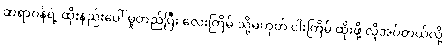
ဆရာဝန်ရဲ့ ထိုးနည်းပေါ် မူတည်ပြီး လေးကြိမ် သို့မဟုတ် ငါးကြိမ် ထိုးဖို့ လိုအပ်တယ်လို့